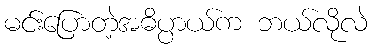
မင်းပြောတဲ့အဓိပ္ပာယ်က ဘယ်လိုလဲ